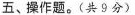
五、操作题。(共9分)